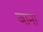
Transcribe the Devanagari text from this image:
जाना